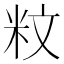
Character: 𥸹